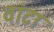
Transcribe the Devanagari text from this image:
वांटा